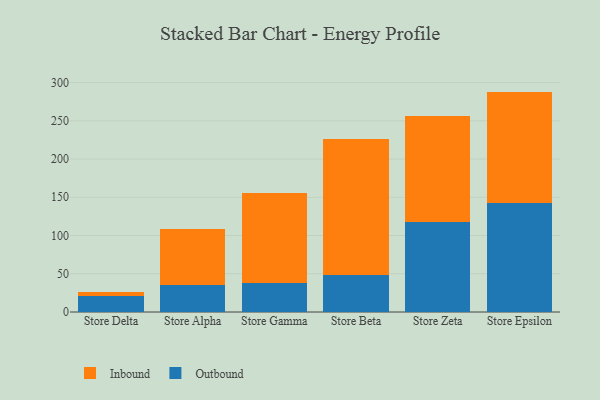
{"axis": {"x": "Store", "y": "Humidity (%)"}, "legend": ["Inbound", "Outbound"], "data": [{"x": "Store Delta", "y": 20.4, "type": "Outbound"}, {"x": "Store Delta", "y": 5.2, "type": "Inbound"}, {"x": "Store Alpha", "y": 35.4, "type": "Outbound"}, {"x": "Store Alpha", "y": 73.6, "type": "Inbound"}, {"x": "Store Gamma", "y": 37.4, "type": "Outbound"}, {"x": "Store Gamma", "y": 118.1, "type": "Inbound"}, {"x": "Store Beta", "y": 48.1, "type": "Outbound"}, {"x": "Store Beta", "y": 178.6, "type": "Inbound"}, {"x": "Store Zeta", "y": 117.4, "type": "Outbound"}, {"x": "Store Zeta", "y": 138.7, "type": "Inbound"}, {"x": "Store Epsilon", "y": 142.0, "type": "Outbound"}, {"x": "Store Epsilon", "y": 146.2, "type": "Inbound"}]}